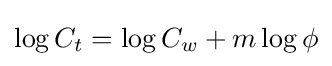
\log {C_{t}}=\log {C_{w}}+m\log {\phi }\,\!